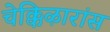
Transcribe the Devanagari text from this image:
चेक्किऴारांस